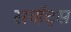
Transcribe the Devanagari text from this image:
सर्व्हंट्स